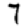
Digit: 7